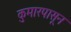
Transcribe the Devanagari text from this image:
कुमारपासून